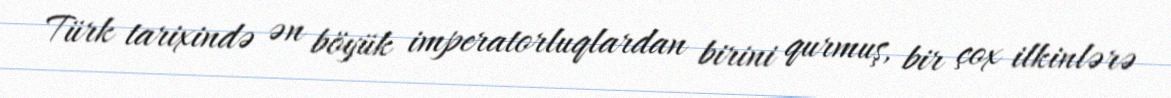
Türk tarixində ən böyük imperatorluqlardan birini qurmuş, bir çox ilkinlərə